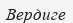
Вердиге